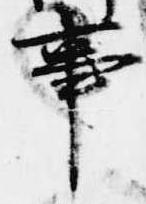
事